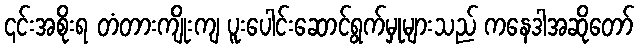
၎င်းအစိုးရ တံတားကျိုးကျ ပူးပေါင်းဆောင်ရွက်မှုများသည် ကနေဒါအဆိုတော်